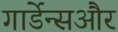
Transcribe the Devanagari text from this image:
गार्डेन्सऔर